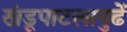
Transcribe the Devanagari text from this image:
खंडूपाटलापुढें